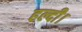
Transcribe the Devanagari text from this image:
हल्दी।